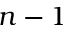
n - 1